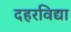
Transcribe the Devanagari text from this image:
दहरविद्या